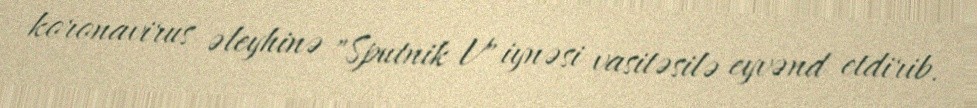
koronavirus əleyhinə "Sputnik V" iynəsi vasitəsilə eyvənd etdirib.